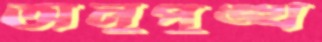
অনুপুঙ্খ